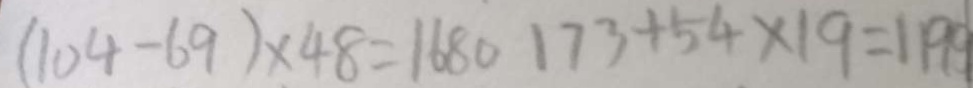
( 1 0 4 - 6 9 ) \times 4 8 = 1 6 8 0 1 7 3 + 5 4 \times 1 9 = 1 1 9 9